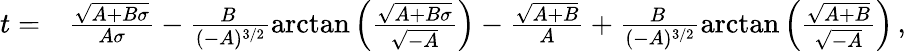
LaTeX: \begin{array}{rl}{t=}&{{}\frac{\sqrt{A+B\sigma}}{A\sigma}-\frac{B\, }{(-A)^{3/2}}\mathrm{arctan}\left(\frac{\sqrt{A+B\sigma}}{\sqrt{-A}}\right)-\frac{\sqrt{A+B}}{A}+\frac{B\, }{(-A)^{3/2}}\mathrm{arctan}\left(\frac{\sqrt{A+B}}{\sqrt{-A}}\right)\, ,}\end{array}